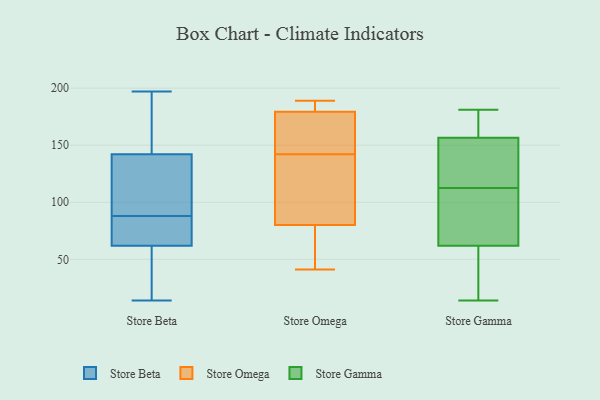
{"axis": {"x": "Budget (USD K)", "y": "Value"}, "legend": ["Store Beta", "Store Gamma", "Store Omega"], "data": [{"x": "", "y": 62, "type": "Store Beta"}, {"x": "", "y": 110, "type": "Store Beta"}, {"x": "", "y": 127, "type": "Store Beta"}, {"x": "", "y": 14, "type": "Store Beta"}, {"x": "", "y": 142, "type": "Store Beta"}, {"x": "", "y": 87, "type": "Store Beta"}, {"x": "", "y": 69, "type": "Store Beta"}, {"x": "", "y": 89, "type": "Store Beta"}, {"x": "", "y": 17, "type": "Store Beta"}, {"x": "", "y": 197, "type": "Store Beta"}, {"x": "", "y": 186, "type": "Store Beta"}, {"x": "", "y": 76, "type": "Store Beta"}, {"x": "", "y": 139, "type": "Store Beta"}, {"x": "", "y": 46, "type": "Store Beta"}, {"x": "", "y": 182, "type": "Store Beta"}, {"x": "", "y": 29, "type": "Store Beta"}, {"x": "", "y": 182, "type": "Store Beta"}, {"x": "", "y": 69, "type": "Store Beta"}, {"x": "", "y": 160, "type": "Store Omega"}, {"x": "", "y": 142, "type": "Store Omega"}, {"x": "", "y": 189, "type": "Store Omega"}, {"x": "", "y": 158, "type": "Store Omega"}, {"x": "", "y": 90, "type": "Store Omega"}, {"x": "", "y": 86, "type": "Store Omega"}, {"x": "", "y": 62, "type": "Store Omega"}, {"x": "", "y": 183, "type": "Store Omega"}, {"x": "", "y": 41, "type": "Store Omega"}, {"x": "", "y": 178, "type": "Store Omega"}, {"x": "", "y": 186, "type": "Store Omega"}, {"x": "", "y": 101, "type": "Store Omega"}, {"x": "", "y": 59, "type": "Store Omega"}, {"x": "", "y": 100, "type": "Store Gamma"}, {"x": "", "y": 137, "type": "Store Gamma"}, {"x": "", "y": 14, "type": "Store Gamma"}, {"x": "", "y": 146, "type": "Store Gamma"}, {"x": "", "y": 170, "type": "Store Gamma"}, {"x": "", "y": 103, "type": "Store Gamma"}, {"x": "", "y": 15, "type": "Store Gamma"}, {"x": "", "y": 167, "type": "Store Gamma"}, {"x": "", "y": 29, "type": "Store Gamma"}, {"x": "", "y": 95, "type": "Store Gamma"}, {"x": "", "y": 122, "type": "Store Gamma"}, {"x": "", "y": 181, "type": "Store Gamma"}]}